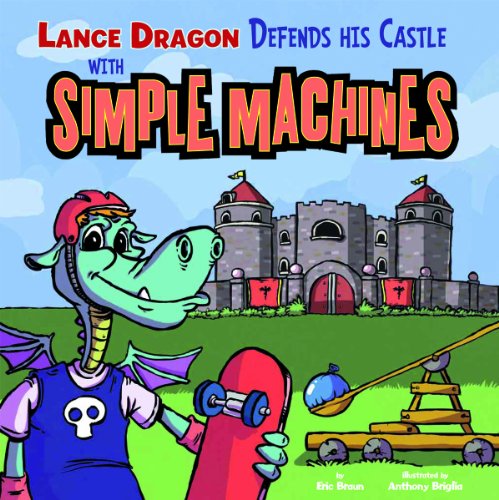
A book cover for Lance Dragon Defends His Castle with Simple Machines (In the Science Lab); Eric Braun; Children's Books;